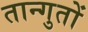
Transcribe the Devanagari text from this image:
तान्गुतों